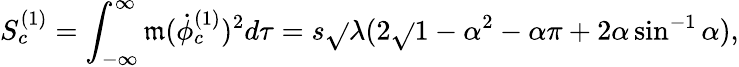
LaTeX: S_{c}^{(1)}=\int_{-\infty}^{\infty}\mathfrak{m}({\dot{{\phi}}}_{c}^{(1)})^{2}d\tau=s\sqrt{}{\lambda}(2\sqrt{}{{1-\alpha^{2}}}-\alpha\pi+2\alpha\sin^{-1}\alpha),